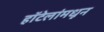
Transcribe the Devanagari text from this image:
हॉटेलांमधून